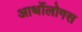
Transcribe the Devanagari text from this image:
आर्थोलोगस